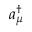
a _ { \mu } ^ { \dagger }